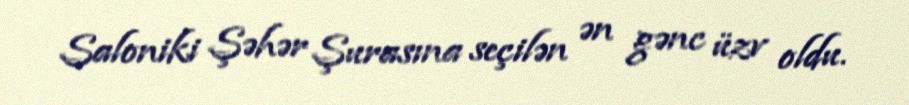
Saloniki Şəhər Şurasına seçilən ən gənc üzv oldu.